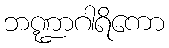
ဘဏ္ဍာဂါရိကော